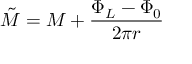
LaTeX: \tilde { M } = M + \frac { \Phi _ { L } - \Phi _ { 0 } } { 2 \pi r }